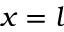
x = l